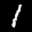
Label: 1